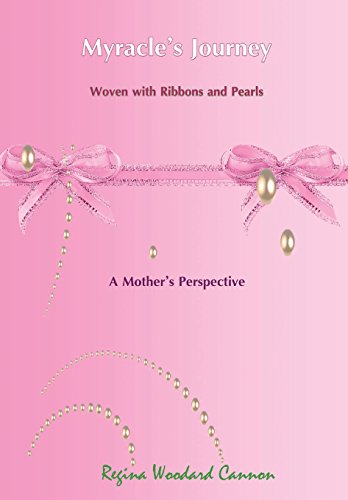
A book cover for Myracle's Journey Woven with Ribbons and Pearls: A Mother's Perspective; Regina Woodard Cannon; Biographies & Memoirs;